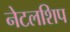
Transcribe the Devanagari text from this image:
नेटलशिप